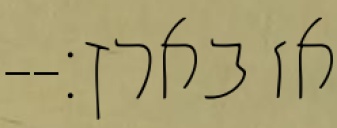
אז בארץ׃--